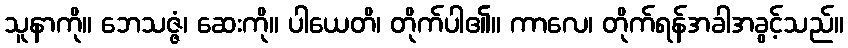
သူနာကို။ ဘေသဇ္ဇံ၊ ဆေးကို။ ပါယေတိ၊ တိုက်ပါ၏။ ကာလေ၊ တိုက်ရန်အခါအခွင့်သည်။